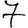
Digit: 7